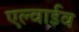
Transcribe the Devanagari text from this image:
एल्वाईव